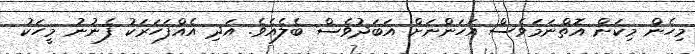
މިހެން މިކަން އޮތްނަމަވެސް އަހަންނަށް އަބަދުވެސް ބެލެއެވެ. އަދި އެއްފަހަރަކު ފެނުނު މީހަކު